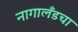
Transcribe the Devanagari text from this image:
नागालँडचा